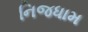
નિજધામ